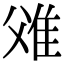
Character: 𨾝